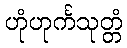
ဟုံဟုင်္ကသုတ္တံ